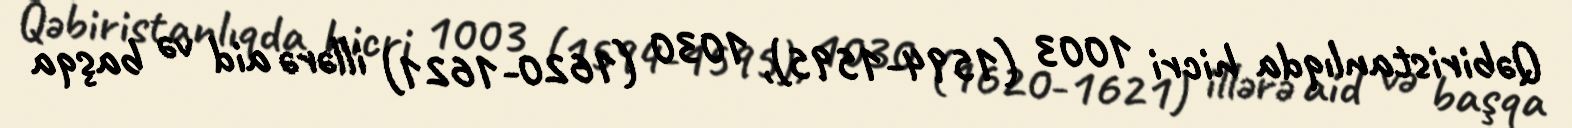
Qəbiristanlıqda hicri 1003 (1594-1595), 1030 (1620-1621) illərə aid və başqa